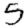
Digit: 5